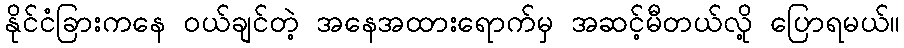
နိုင်ငံခြားကနေ ဝယ်ချင်တဲ့ အနေအထားရောက်မှ အဆင့်မီတယ်လို့ ပြောရမယ်။